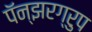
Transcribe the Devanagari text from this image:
पॅन्झरग्रुप